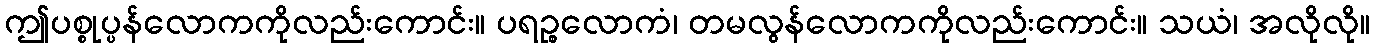
ဤပစ္စုပ္ပန်လောကကိုလည်းကောင်း။ ပရဉ္စလောကံ၊ တမလွန်လောကကိုလည်းကောင်း။ သယံ၊ အလိုလို။